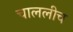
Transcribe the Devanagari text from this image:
चाललीच